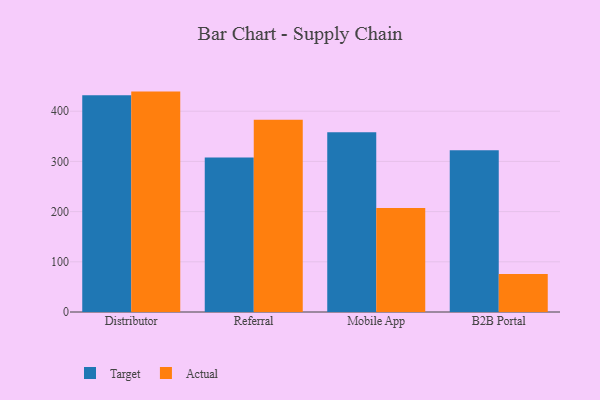
{"axis": {"x": "Channel", "y": "Humidity (%)"}, "legend": ["Actual", "Target"], "data": [{"x": "Distributor", "y": 432.0, "type": "Target"}, {"x": "Distributor", "y": 439.1, "type": "Actual"}, {"x": "Referral", "y": 308.0, "type": "Target"}, {"x": "Referral", "y": 383.1, "type": "Actual"}, {"x": "Mobile App", "y": 358.2, "type": "Target"}, {"x": "Mobile App", "y": 207.4, "type": "Actual"}, {"x": "B2B Portal", "y": 322.1, "type": "Target"}, {"x": "B2B Portal", "y": 75.5, "type": "Actual"}]}